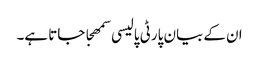
ان کے بیان پارٹی پالیسی سمھجا جاتا ہے۔